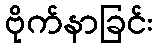
ဗိုက်နာခြင်း